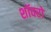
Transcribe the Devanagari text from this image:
शॉवरों